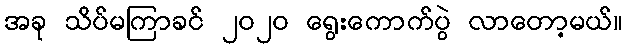
အခု သိပ်မကြာခင် ၂၀၂၀ ရွေးကောက်ပွဲ လာတော့မယ်။